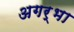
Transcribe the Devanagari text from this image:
अगर्भा